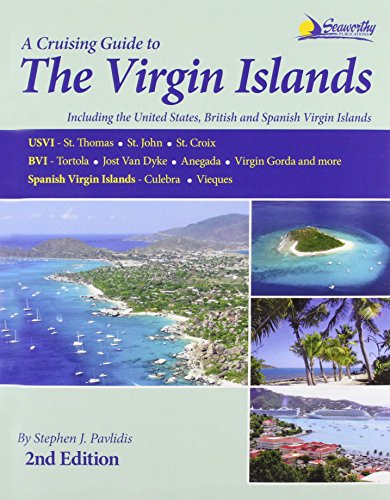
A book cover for Cruising Guide to Virgin Islands, 2nd Edition; Stephen J. Pavlidis; Travel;